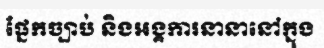
ផ្នែកច្បាប់ និងអង្គការនានានៅក្នុង